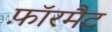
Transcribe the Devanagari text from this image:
फ़ॉरमैट